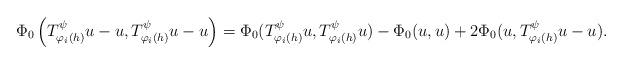
LaTeX: \begin{align*}\Phi_0\left( T^{\psi}_{\varphi_i(h)} u - u, T^{\psi}_{\varphi_i(h)} u - u \right) = \Phi_0 (T^{\psi}_{\varphi_i(h)} u, T^{\psi}_{\varphi_i(h)} u) - \Phi_0(u,u) + 2 \Phi_0(u, T^{\psi}_{\varphi_i(h)}u - u).\end{align*}